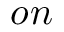
o n